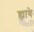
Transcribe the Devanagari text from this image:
ह्यावे